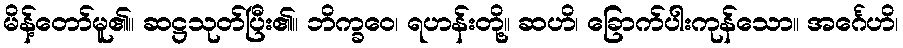
မိန့်တော်မူ၏။ ဆဋ္ဌသုတ်ပြီး၏။ ဘိက္ခဝေ၊ ရဟန်းတို့။ ဆဟိ၊ ခြောက်ပါးကုန်သော။ အင်္ဂေဟိ၊